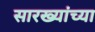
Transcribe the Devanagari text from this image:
सारख्यांच्या